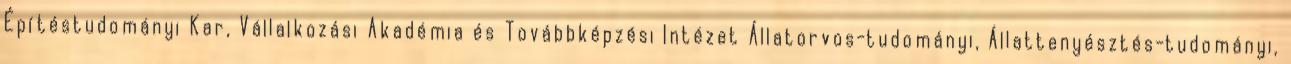
Építéstudományi Kar, Vállalkozási Akadémia és Továbbképzési Intézet Állatorvos-tudományi, Állattenyésztés-tudományi,